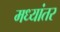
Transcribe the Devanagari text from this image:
मध्‍यांतर